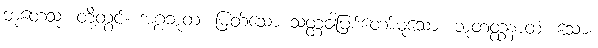
ဘူတေသု၊ တို့တွင်။ အဂ္ဂဘူတံ၊ မြတ်သော သတ္တဝါဖြစ်တော်မူသော။ ဘူတတ္ထနာထံ၊ သော။